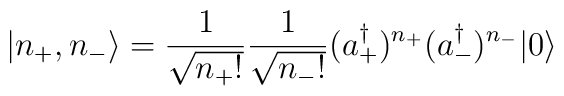
|n_{+},n_{-}\rangle=\frac{1}{\sqrt{n_{+}!}}\frac{1}{\sqrt{n_{-}!}}(a_{+}^\dagger)^{n_{+}}(a_{-}^\dagger)^{n_{-}}|0\rangle